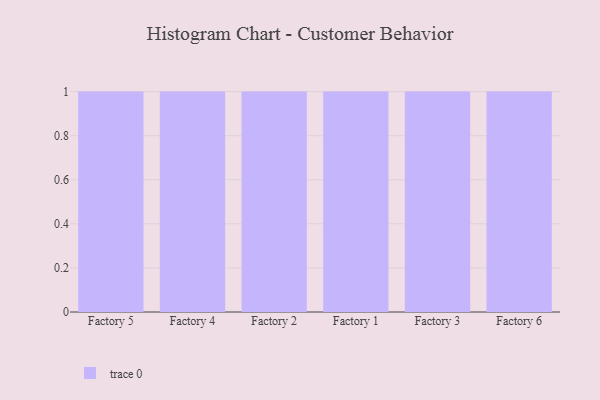
{"axis": {"x": "Factory", "y": "Population (Million)"}, "legend": [""], "data": [{"x": "Factory 5", "y": 1, "type": ""}, {"x": "Factory 4", "y": 8, "type": ""}, {"x": "Factory 2", "y": 89, "type": ""}, {"x": "Factory 1", "y": 59, "type": ""}, {"x": "Factory 3", "y": 12, "type": ""}, {"x": "Factory 6", "y": 41, "type": ""}]}